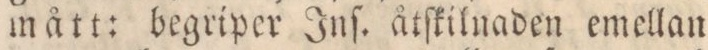
mått: begriper Inſ. åtſkilnaden emellan